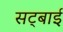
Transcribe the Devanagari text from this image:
सट्बाई